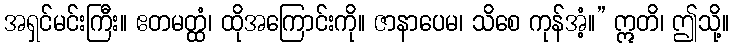
အရှင်မင်းကြီး။ ဧတမတ္ထံ၊ ထိုအကြောင်းကို။ ဇာနာပေမ၊ သိစေ ကုန်အံ့။” ဣတိ၊ ဤသို့။